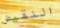
النقيض